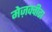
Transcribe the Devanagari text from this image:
मेज़क्वीटा